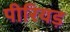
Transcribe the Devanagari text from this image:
पीरियड़